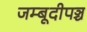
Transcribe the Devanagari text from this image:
जम्बूदीपञ्च